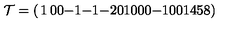
{ \cal T } = \left( \begin{matrix} { 1 } & { 0 } & { 0 } & { - 1 } & { - 1 } & { - 2 } \\ { 0 } & { 1 } & { 0 } & { 0 } & { 0 } & { - 1 } \\ { 0 } & { 0 } & { 1 } & { 4 } & { 5 } & { 8 } \\ \end{matrix} \right)